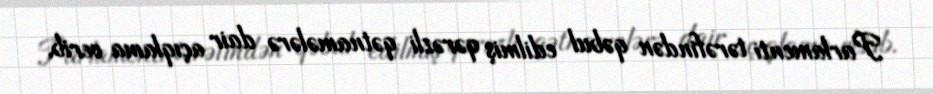
Parlamenti tərəfindən qəbul edilmiş qərəzli qətnamələrə dair açıqlama verib.